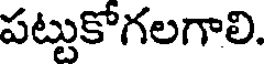
పట్టుకోగలగాలి.